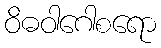
ဝိဓဝါဂေါစရော